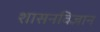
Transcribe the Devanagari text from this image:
शासनविज्ञान